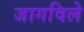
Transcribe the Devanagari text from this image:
जागविले